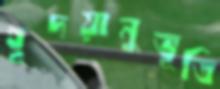
হূদয়ানুভূতি